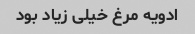
ادویه مرغ خیلی زیاد بود